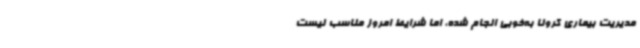
مدیریت بیماری کرونا به‌خوبی انجام شده، اما شرایط امروز مناسب نیست